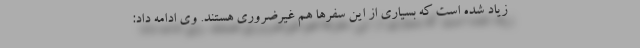
زیاد شده است که بسیاری از این سفرها هم غیرضروری هستند. وی ادامه داد: